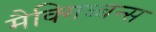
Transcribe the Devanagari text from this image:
मैक्गिब्बन्स